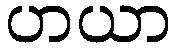
ဟယာ